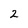
Character: 2